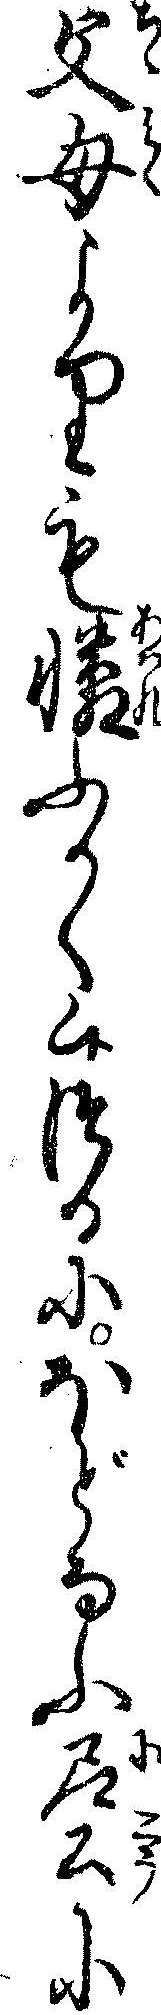
父母よりも憐ふかく候つるにほどなふ尼公に